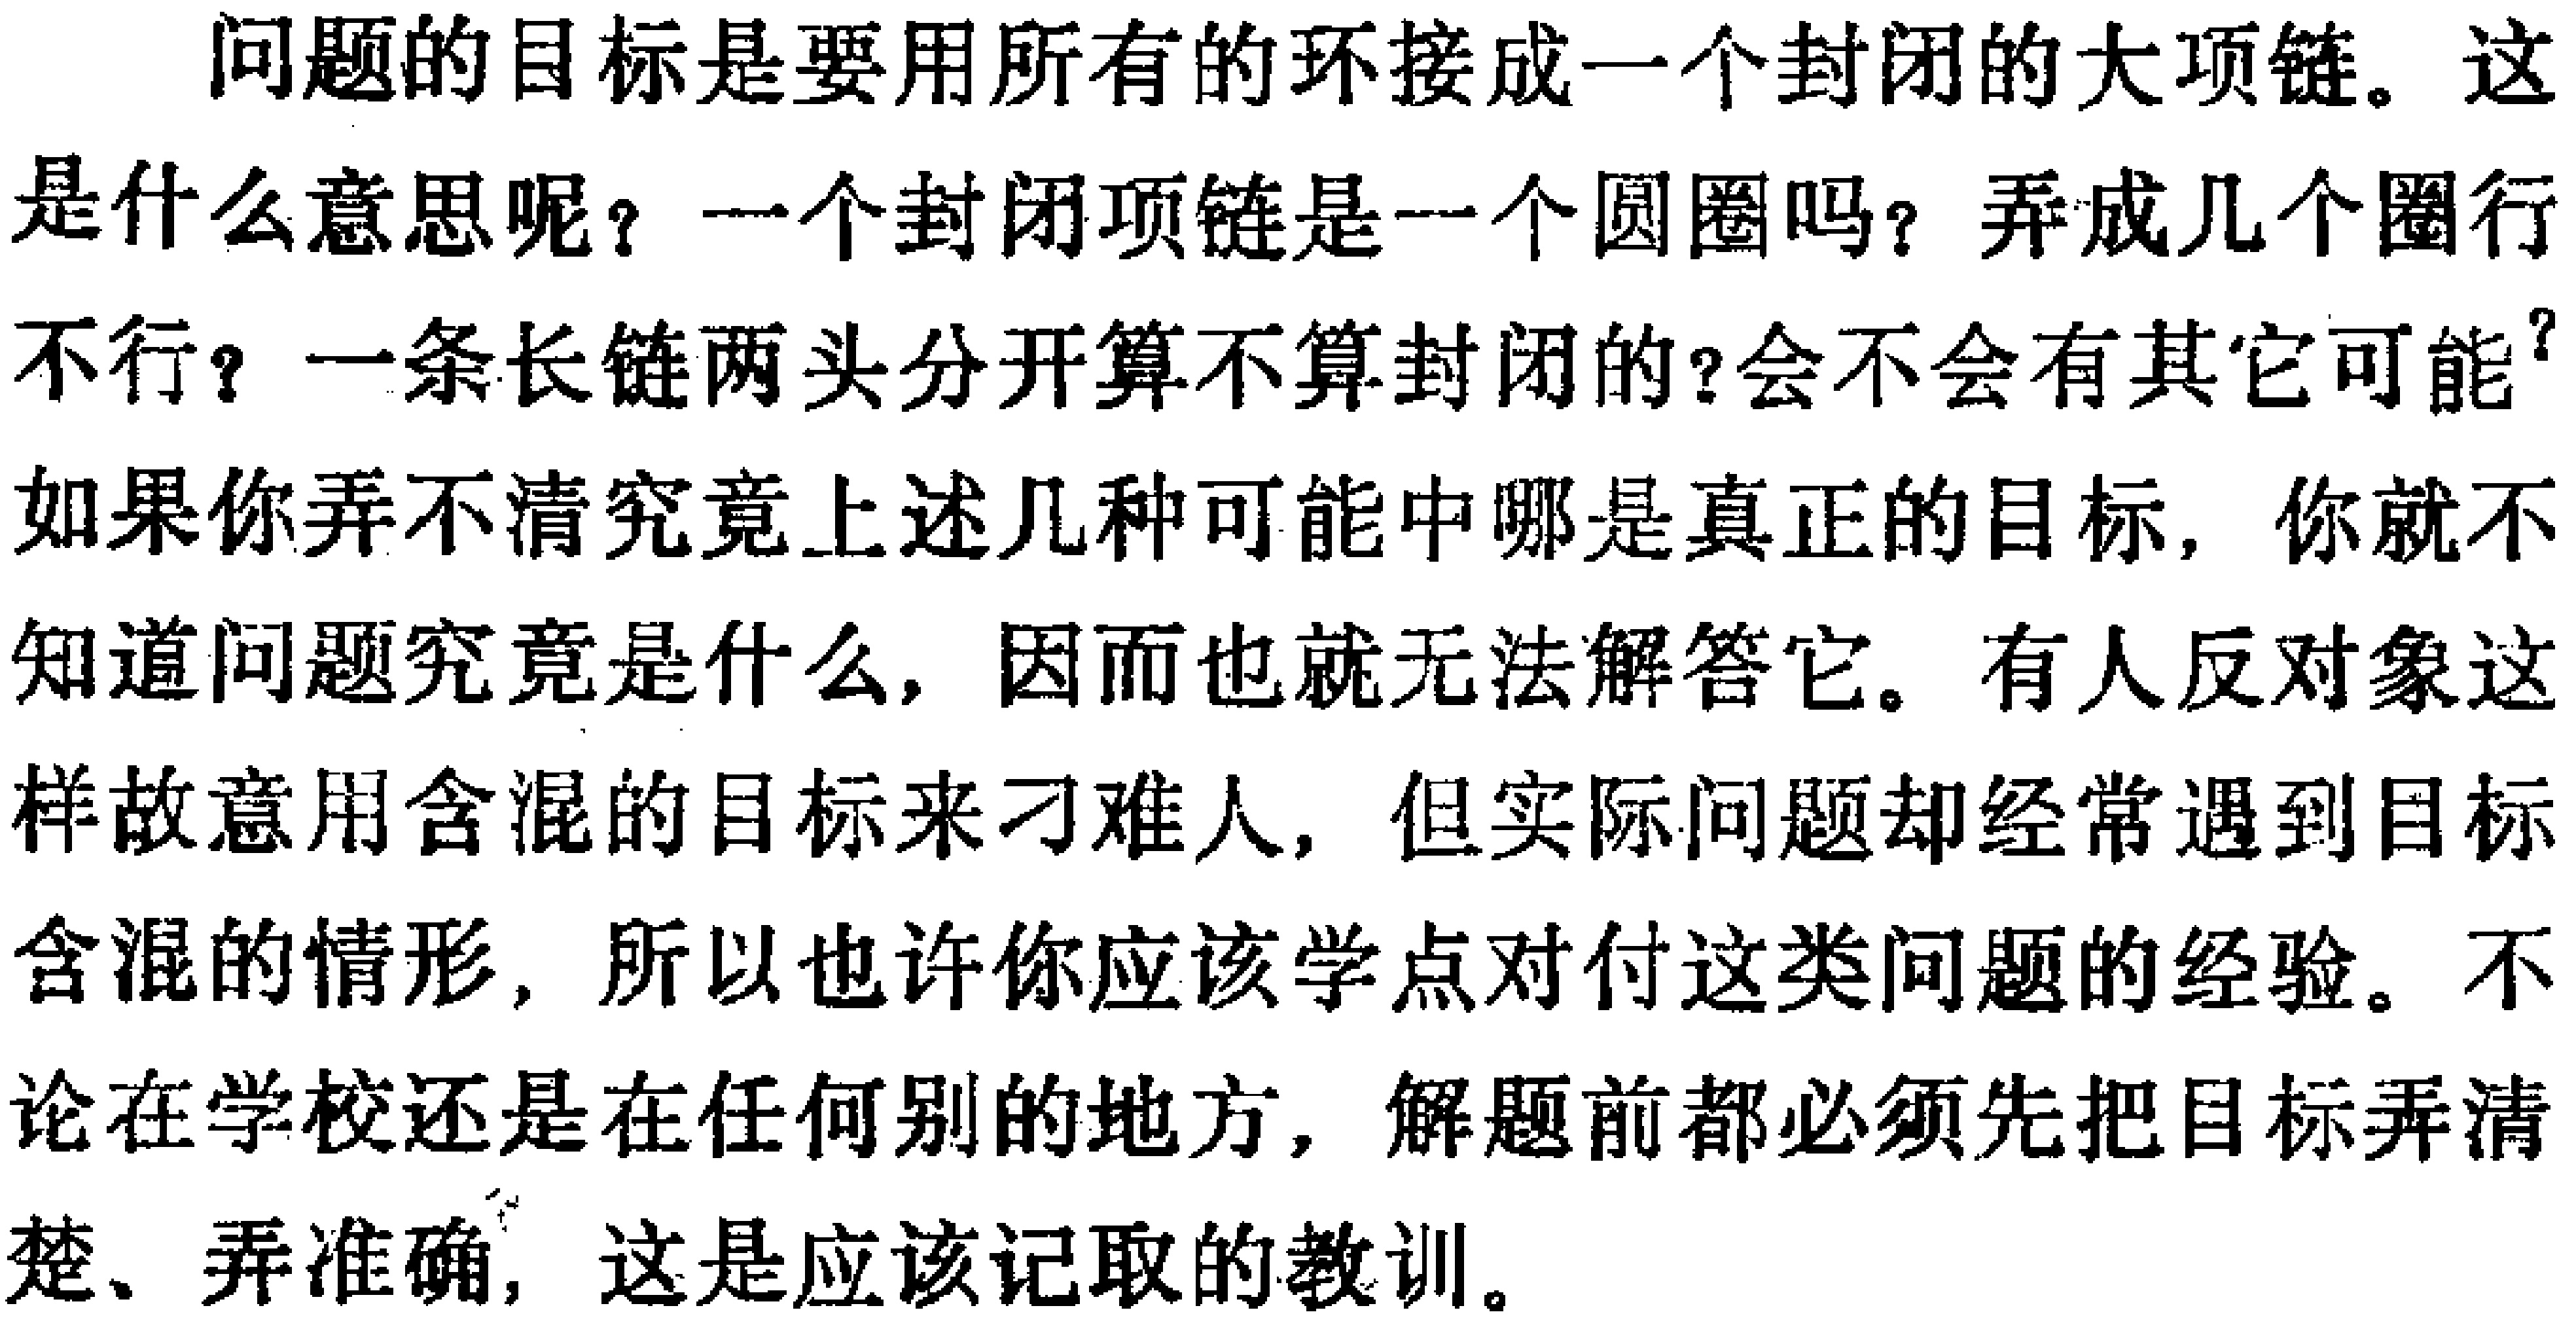
问题的目标是要用所有的环接成一个封闭的大项链。这是什么意思呢？一个封闭项链是一个圆圈吗？弄成几个圈行不行？一条长链两头分开算不算封闭的？会不会有其它可能？如果 你弄不清究竟上述几种可能中哪是真正的目标，你就不知道问题究竟是什么，因而也就无法解答它。有人反对象这样故意用含混的目标来刁难人，但实际问题却经常遇到目标含混的情形，所以也许你应该学点对付这类问题的经验。不论在学校还是在任何别的地方，解题前都必须先把目标弄清楚、弄准确，这是应该记取的教训。